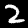
Label: 2